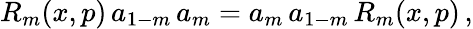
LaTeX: R_{m}(x,p)\, a_{1-m}\, a_{m}=a_{m}\, a_{1-m}\, R_{m}(x,p)\, ,